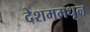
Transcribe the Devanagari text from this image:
देशममधून